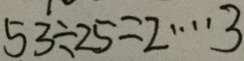
5 3 \div 2 5 = 2 \cdots 3